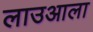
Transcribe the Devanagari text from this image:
लाउआला